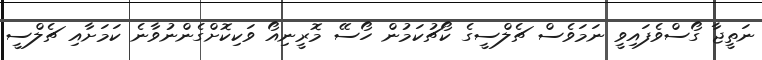
ނަތީޖާ ގޯސްވެފައިވީ ނަމަވެސް ޗެލްސީގެ ކޯޗުކަމުން ހޯސޭ މޮރީނިއޯ ވަކިކޮށްގެންނުވާނެ ކަމަށާއި ޗެލްސީ